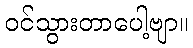
ဝင်သွားတာပေါ့ဗျာ။